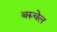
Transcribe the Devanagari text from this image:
बरुचेल